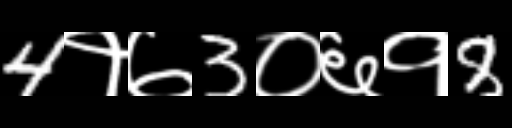
Text: 4१७3०६१8